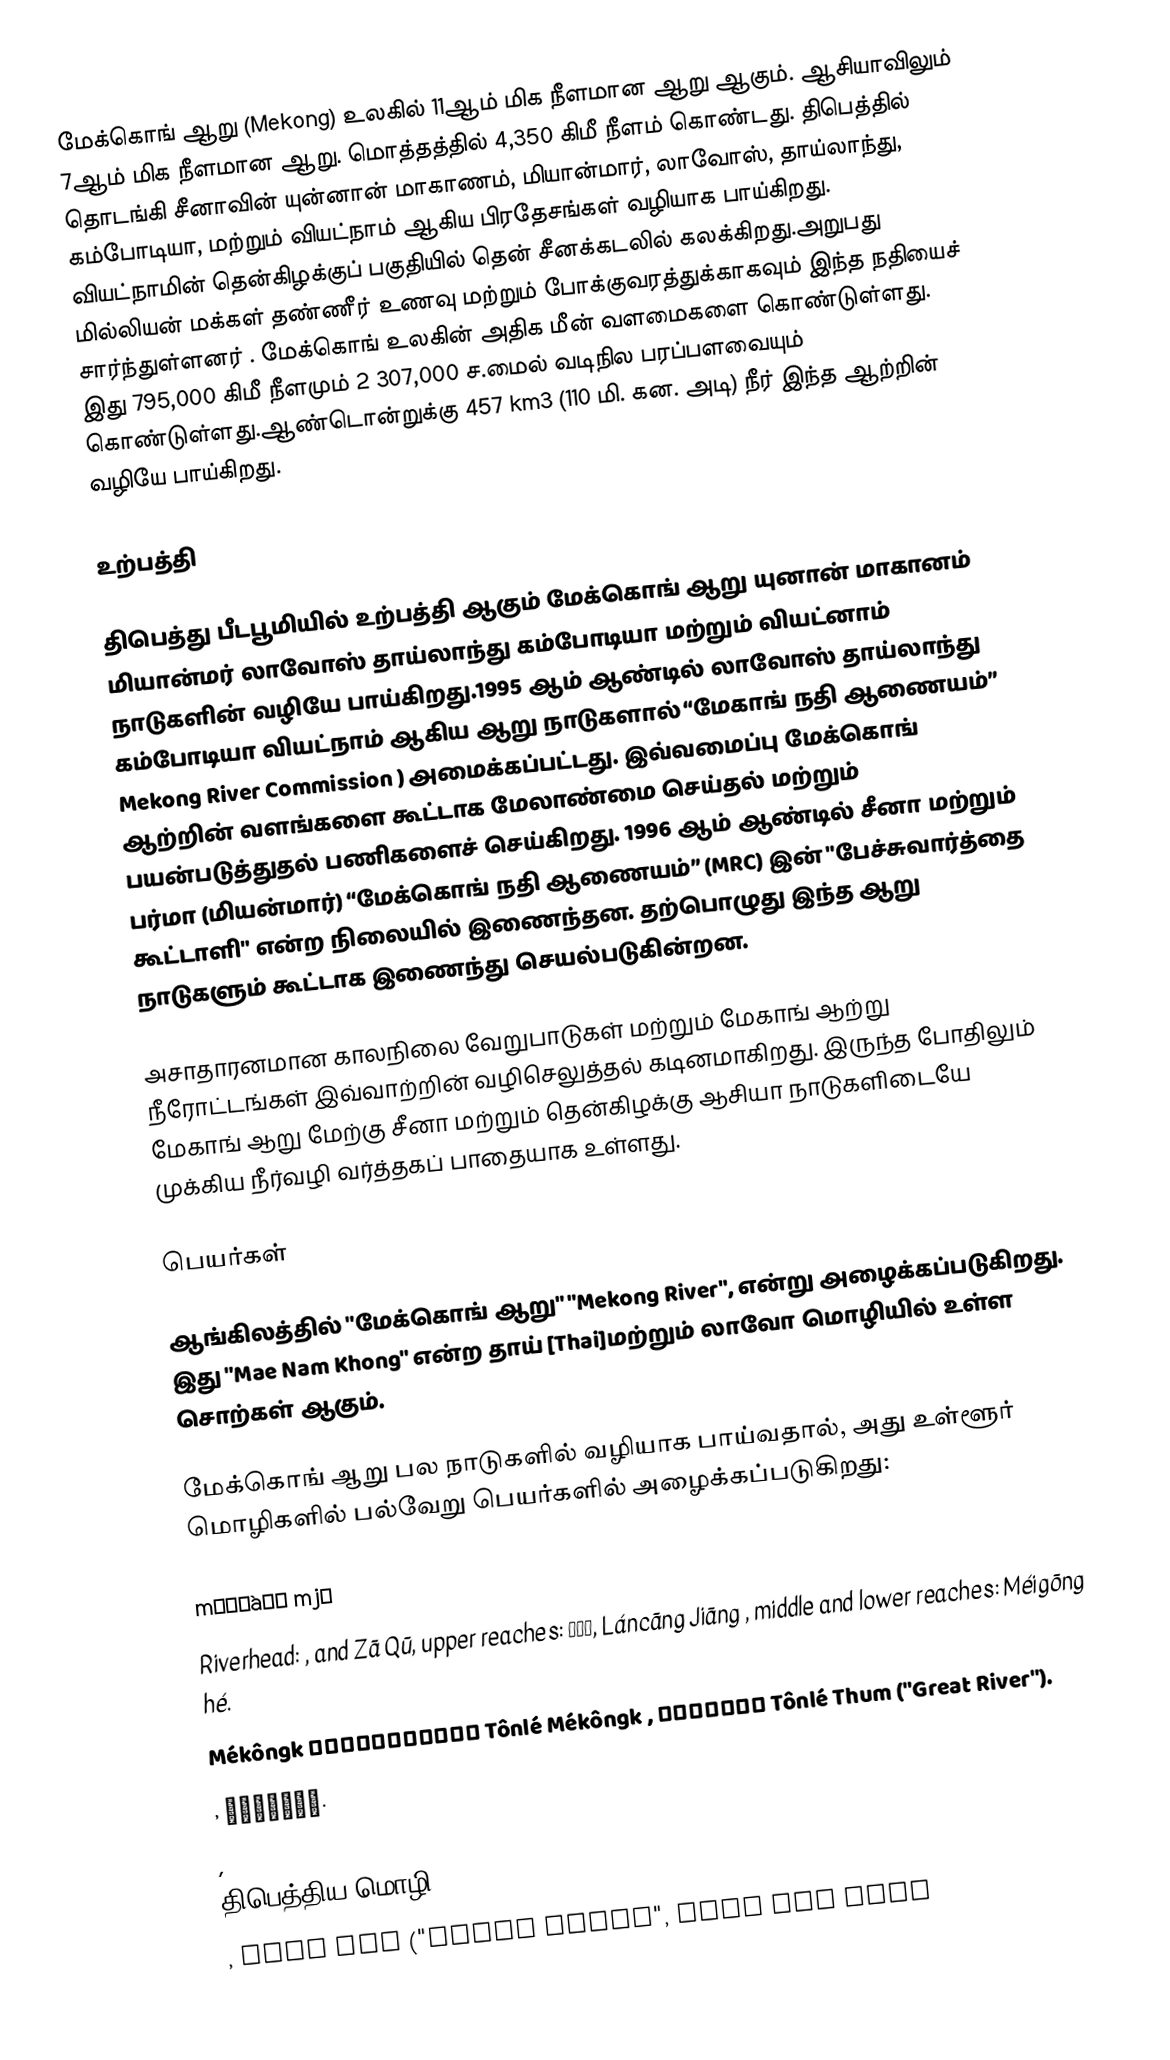
மேக்கொங் ஆறு (Mekong) உலகில் 11ஆம் மிக நீளமான ஆறு ஆகும். ஆசியாவிலும் 7ஆம் மிக நீளமான ஆறு. மொத்தத்தில் 4,350 கிமீ நீளம் கொண்டது. திபெத்தில் தொடங்கி சீனாவின் யுன்னான் மாகாணம், மியான்மார், லாவோஸ், தாய்லாந்து, கம்போடியா, மற்றும் வியட்நாம் ஆகிய பிரதேசங்கள் வழியாக பாய்கிறது. வியட்நாமின் தென்கிழக்குப் பகுதியில் தென் சீனக்கடலில் கலக்கிறது.அறுபது மில்லியன் மக்கள் தண்ணீர் உணவு மற்றும் போக்குவரத்துக்காகவும் இந்த நதியைச் சார்ந்துள்ளனர் . மேக்கொங் உலகின் அதிக மீன் வளமைகளை கொண்டுள்ளது. இது 795,000 கிமீ நீளமும் 2 307,000 ச.மைல் வடிநில பரப்பளவையும் கொண்டுள்ளது.ஆண்டொன்றுக்கு  457 km3 (110 மி. கன. அடி) நீர் இந்த ஆற்றின் வழியே பாய்கிறது.

உற்பத்தி

திபெத்து பீடபூமியில் உற்பத்தி ஆகும் மேக்கொங் ஆறு  யுனான் மாகானம் மியான்மர் லாவோஸ் தாய்லாந்து கம்போடியா மற்றும் வியட்னாம் நாடுகளின் வழியே பாய்கிறது.1995 ஆம் ஆண்டில் லாவோஸ் தாய்லாந்து கம்போடியா வியட்நாம்  ஆகிய ஆறு நாடுகளால் “மேகாங் நதி ஆணையம்”   Mekong River Commission ) அமைக்கப்பட்டது. இவ்வமைப்பு மேக்கொங் ஆற்றின் வளங்களை கூட்டாக மேலாண்மை செய்தல்  மற்றும் பயன்படுத்துதல் பணிகளைச் செய்கிறது. 1996 ஆம் ஆண்டில் சீனா மற்றும் பர்மா (மியன்மார்) “மேக்கொங் நதி ஆணையம்” (MRC) இன் "பேச்சுவார்த்தை கூட்டாளி" என்ற நிலையில் இணைந்தன. தற்பொழுது  இந்த ஆறு நாடுகளும் கூட்டாக இணைந்து செயல்படுகின்றன.

அசாதாரனமான காலநிலை வேறுபாடுகள் மற்றும் மேகாங் ஆற்று நீரோட்டங்கள் இவ்வாற்றின் வழிசெலுத்தல் கடினமாகிறது. இருந்த போதிலும் மேகாங் ஆறு மேற்கு சீனா மற்றும் தென்கிழக்கு ஆசியா நாடுகளிடையே முக்கிய நீர்வழி வர்த்தகப் பாதையாக உள்ளது.

பெயர்கள்

ஆங்கிலத்தில் "மேக்கொங் ஆறு" "Mekong River", என்று அழைக்கப்படுகிறது. இது "Mae Nam Khong" என்ற தாய் [Thai]மற்றும் லாவோ மொழியில் உள்ள சொற்கள் ஆகும்.

மேக்கொங் ஆறு பல நாடுகளில் வழியாக பாய்வதால், அது உள்ளூர் மொழிகளில் பல்வேறு பெயர்களில் அழைக்கப்படுகிறது:

  mɛ́ɡàʊɴ mjɪ
  Riverhead: ,  and  Zā Qū, upper reaches: 澜沧江,  Láncāng Jiāng , middle and lower reaches:  Méigōng hé.
  Mékôngk ទន្លេមេគង្គ Tônlé Mékôngk , ទន្លេធំ Tônlé Thum  ("Great River").
 , ນ້ຳຂອງ.
 ,
 திபெத்திய மொழி རྫ་ཆུ་|w=rDza chu|z=Za qu}}
  , Sông Lớn ("Great River", Sông Cửu Long